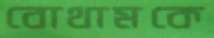
বোথামকে